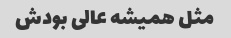
مثل همیشه عالی بودش